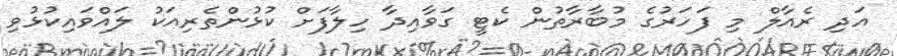
އަދި ރެއާލް މި ފަހަރުގެ މުބާރާތުން ކެޓީ ގަވާއިދާ ހިލާފަށް ކުޅުންތެރިއަކު ލައްވައިކުޅުވި